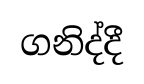
ගනිද්දී